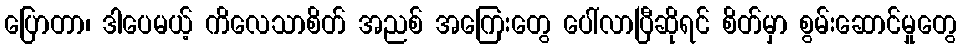
ပြောတာ၊ ဒါပေမယ့် ကိလေသာစိတ် အညစ် အကြေးတွေ ပေါ်လာပြီဆိုရင် စိတ်မှာ စွမ်းဆောင်မှုတွေ